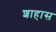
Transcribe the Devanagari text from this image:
शाहास